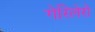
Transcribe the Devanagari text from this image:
गेरिलेरो